画像に写った文字を読んでください
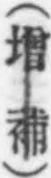
「(增補)」と書いてあります